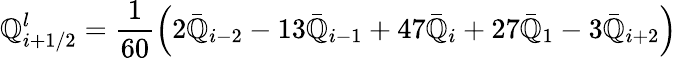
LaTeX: \mathbb{Q}_{i+1/2}^{l}=\frac{{1}}{{60}}\left(2{{{\bar{{\mathbb{Q}}}}}_{i-2}}-13{{{\bar{{\mathbb{Q}}}}}_{i-1}}+47{{{\bar{{\mathbb{Q}}}}}_{i}}+27{{{\bar{{\mathbb{Q}}}}}_{1}}-3{{{\bar{{\mathbb{Q}}}}}_{i+2}}\right)